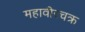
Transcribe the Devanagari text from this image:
महावीरचक्र